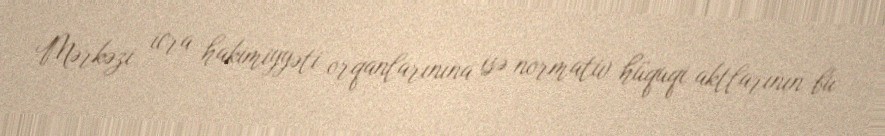
Mərkəzi icra hakimiyyəti orqanlarınına isə normativ hüquqi aktlarının bu